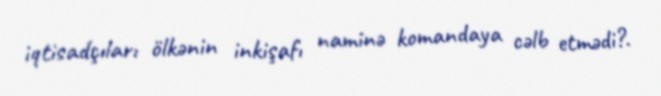
iqtisadçıları ölkənin inkişafı naminə komandaya cəlb etmədi?.